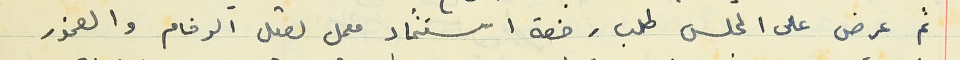
ثم عرض على المجلس طلب رخصة استثمار معمل لصقل الرخام والصخور